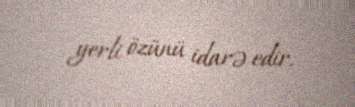
yerli özünü idarə edir.